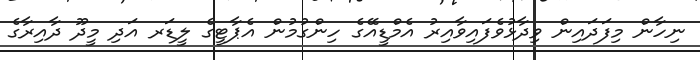
ނިހާން މިފަދައިން ވިދާޅުވެފައިވާއިރު އެމްޑީއޭގެ ހިންގުމުން އެޕާޓީގެ ލީޑަރ އަދި މީދޫ ދާއިރާގެ